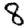
Digit: 8